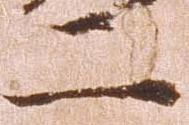
二